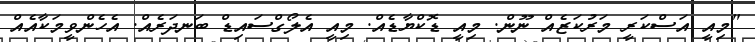
"މިއީ އަސްކަރީ މަރުކަޒެއް ނޫން. މިއީ ޑޮކްޔާޑެއް. މިއީ އެލޯގްސައިޑް ބަނދަރެއް. އެހެންވީމަކާއެއް